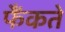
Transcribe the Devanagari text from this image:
फैंकते